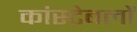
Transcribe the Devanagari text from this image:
कांस्‍टेबलों